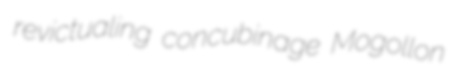
revictualing concubinage Mogollon